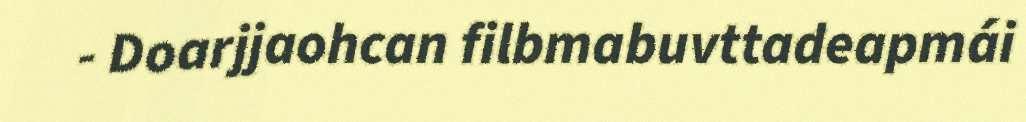
- Doarjjaohcan filbmabuvttadeapmái